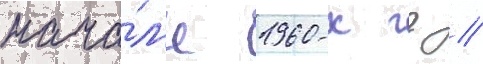
нача́л'е 1960-х гг //